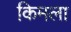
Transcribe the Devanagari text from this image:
किमला